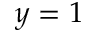
y = 1